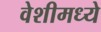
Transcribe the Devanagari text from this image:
वेशीमध्ये